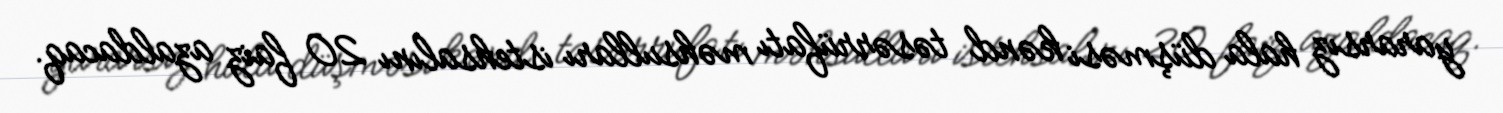
yararsız hala düşməsi kənd təsərrüfatı məhsulları istehsalını 20 faiz azaldacaq.